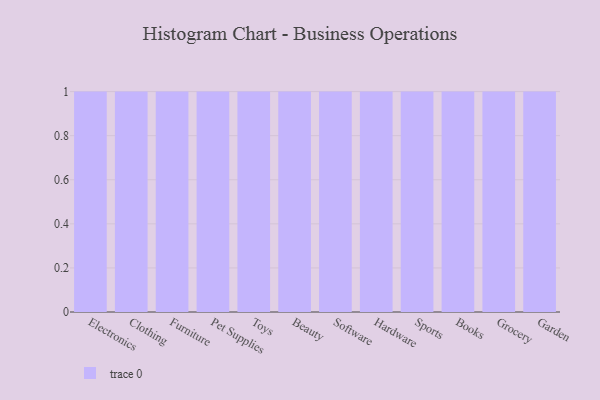
{"axis": {"x": "Category", "y": "Temperature (°C)"}, "legend": [""], "data": [{"x": "Electronics", "y": 99, "type": ""}, {"x": "Clothing", "y": 18, "type": ""}, {"x": "Furniture", "y": 15, "type": ""}, {"x": "Pet Supplies", "y": 98, "type": ""}, {"x": "Toys", "y": 85, "type": ""}, {"x": "Beauty", "y": 70, "type": ""}, {"x": "Software", "y": 14, "type": ""}, {"x": "Hardware", "y": 26, "type": ""}, {"x": "Sports", "y": 28, "type": ""}, {"x": "Books", "y": 95, "type": ""}, {"x": "Grocery", "y": 38, "type": ""}, {"x": "Garden", "y": 39, "type": ""}]}